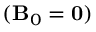
( { \bf B } _ { 0 } = { \bf 0 } )